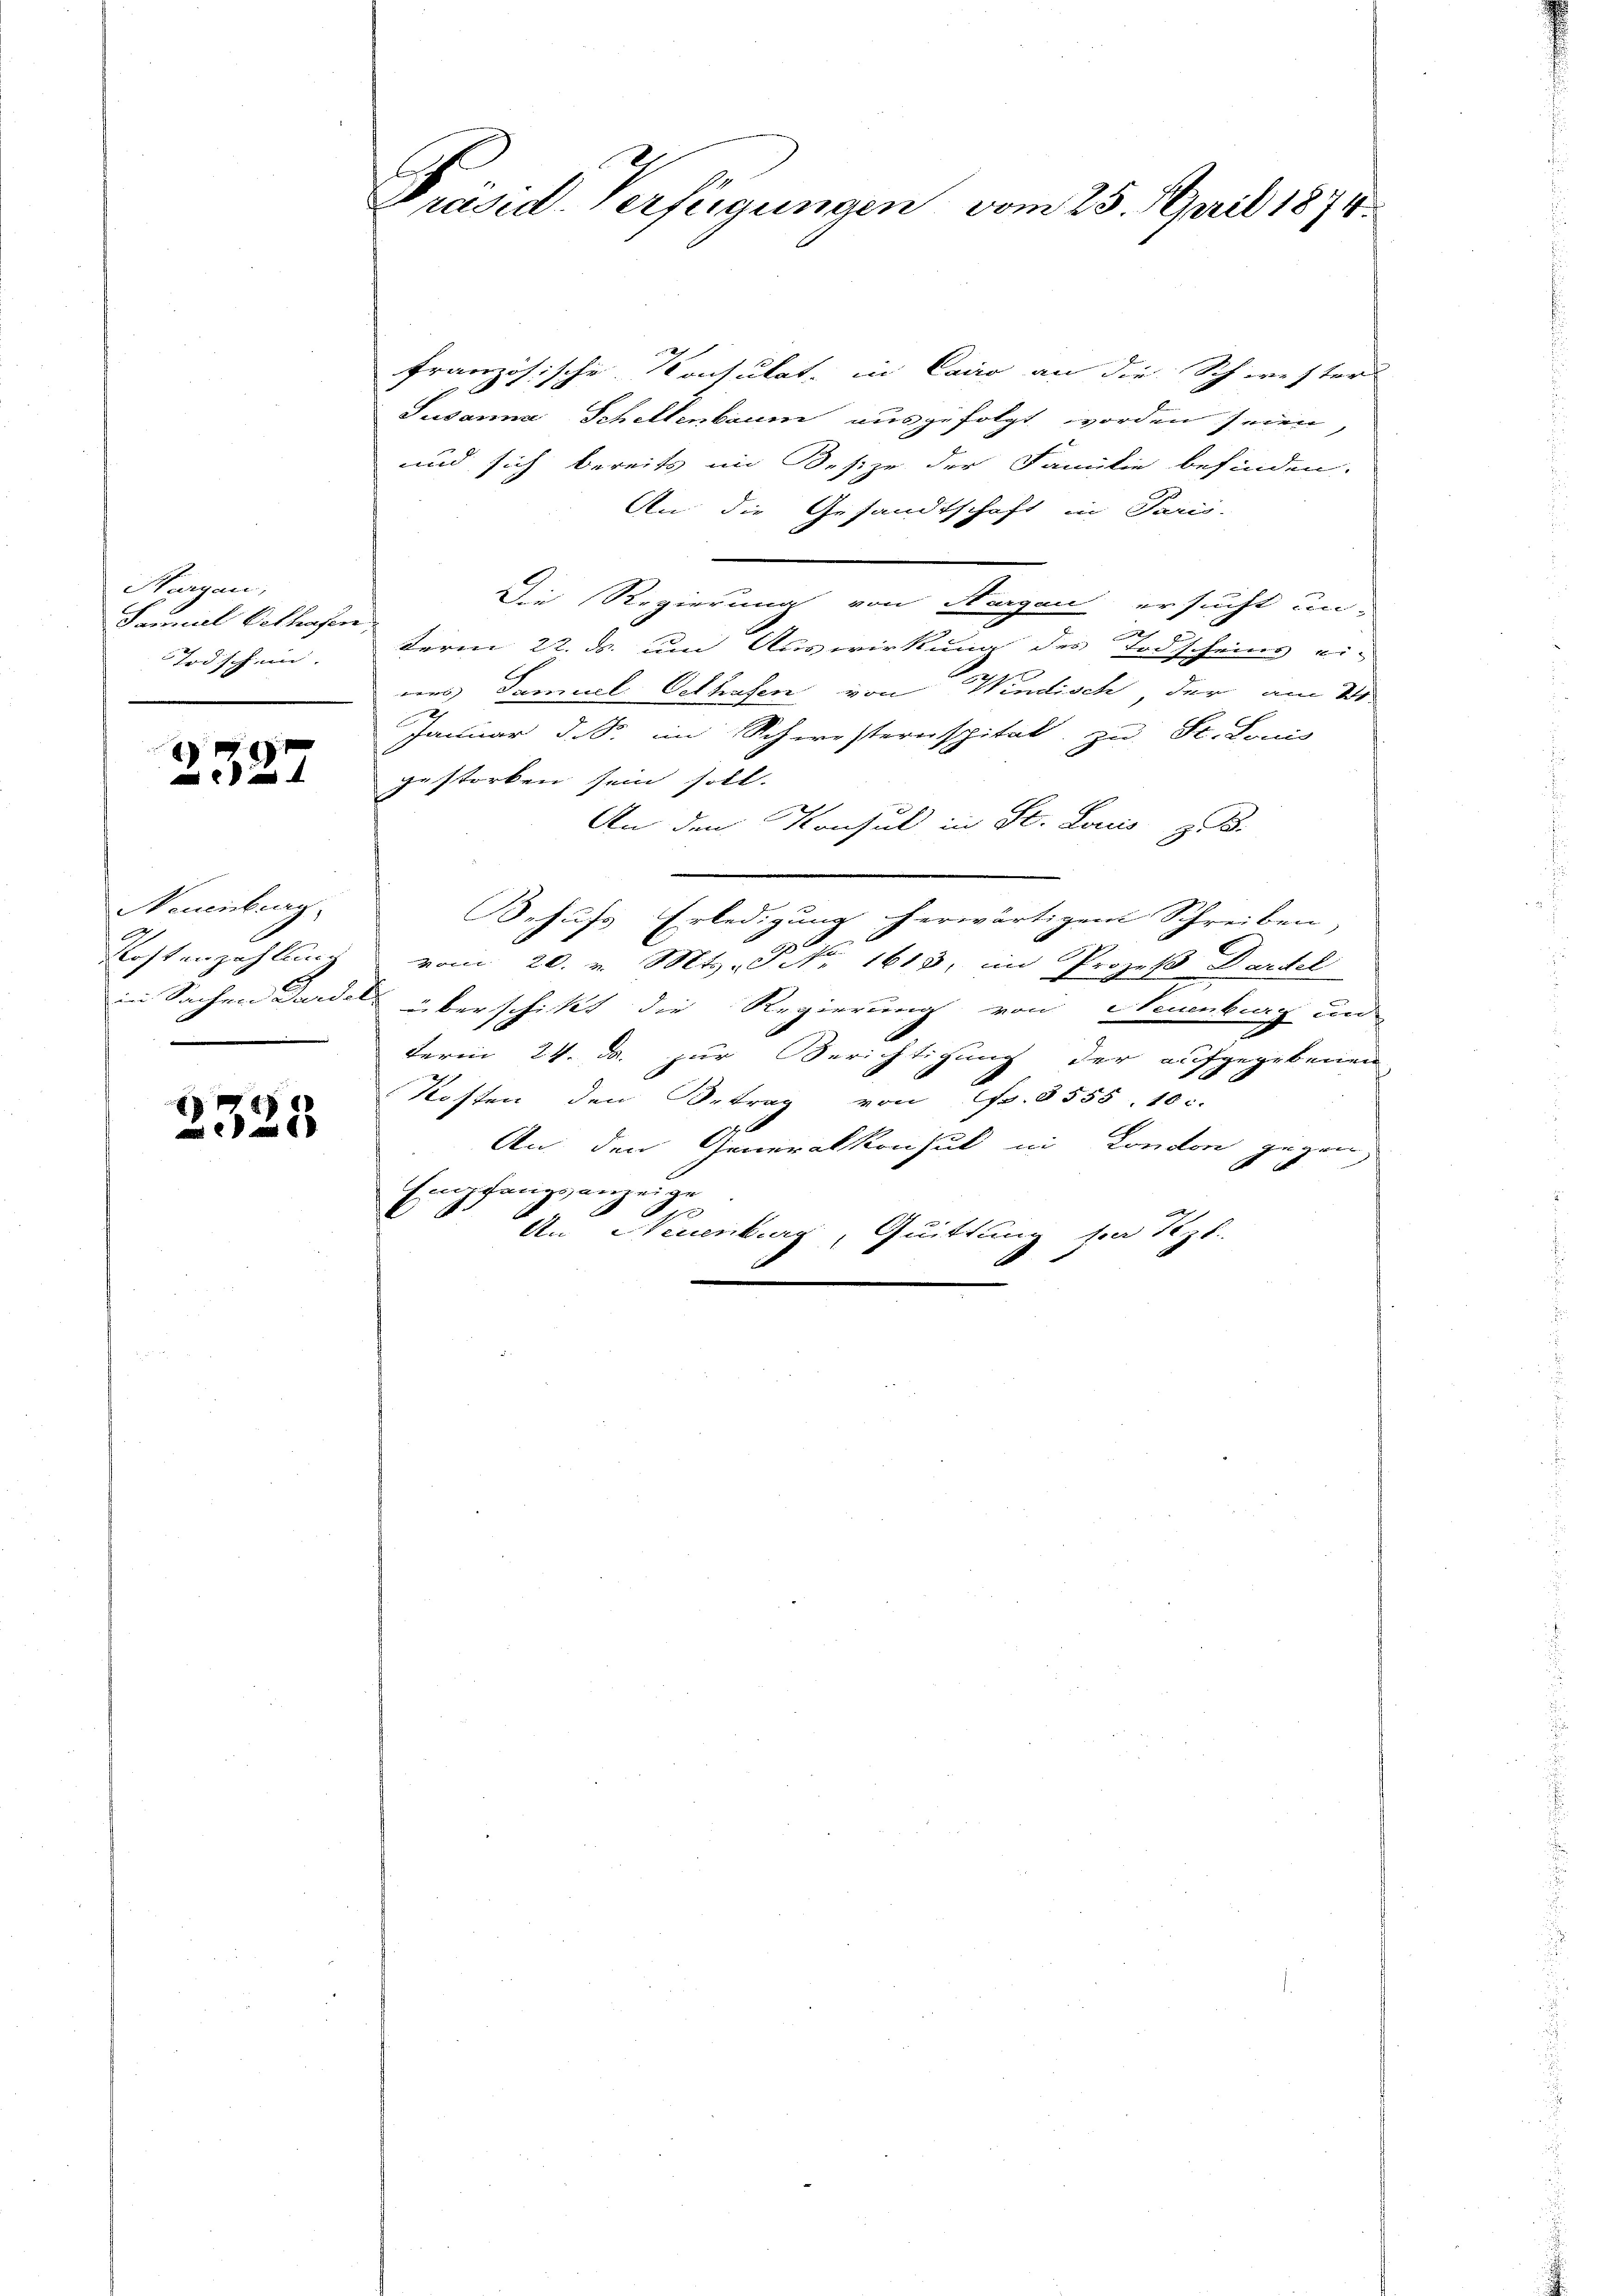
Haargau,
Sauniel Oelhafen,
Todschein.

237

Neuenburg,
Kostenzahlung

2323

bg
Präsid. Verfügungen, vom 25. April 1874.

französische Konsulat, in Cairo an die Schwesters
Susanna Schellenbaum ausgefolgt worden seien,
und sich bereits im Besize der Familie befinden.
An die Gesandtschaft in Paris.
Die Regierung von Nirgen ersucht un-
term 22. ds. um Auswirkung des Todscheins ei-
nens Samuel Oelhafen von Windisch, der am Wi-
2
Januar d. S. im Schwesternspital zu St. Louis
gestorben sein soll.
An den Konsul in St. Louis z. B.
Behufs Erledigung herwärtigen Schreiben,
vom 20. v. Mts. No. 1613. im Prozeß Dardel
in Sachen Darde überschickt die Regierung von Neuenburg und
term 24. d. zur Berichtigung der aufgegebenen
Kosten den Betrag von fr. 8555. 10 c.
An den Generalkonsul in London gegen
Empfangsanzeige
An Neuenburg, Quittung sei Pezb.
.